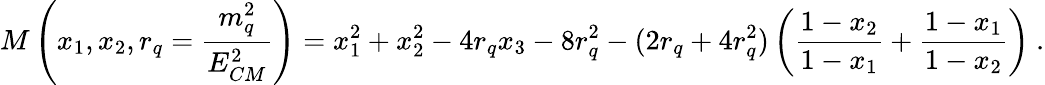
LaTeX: M\left(x_{1},x_{2},r_{q}=\frac{m_{q}^{2}}{E_{CM}^{2}}\right)=x_{1}^{2}+x_{2}^{2}-4r_{q}x_{3}-8r_{q}^{2}-(2r_{q}+4r_{q}^{2})\left(\frac{1-x_{2}}{1-x_{1}}+\frac{1-x_{1}}{1-x_{2}}\right)~.